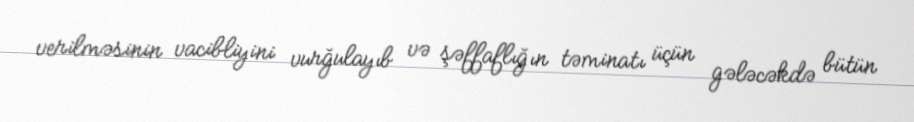
verilməsinin vacibliyini vurğulayıb və şəffaflığın təminatı üçün gələcəkdə bütün